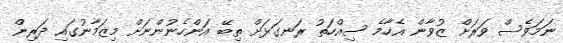
ނަމަވެސް ވަރަށް ޒުވާން އެހާމެ ސިއްހަތު ރަނގަޅަށް ތިބޭ އަންހެނުންނަށް މިޒަމާނުގައި ދަރިން